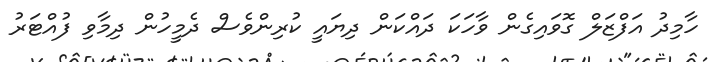
ހާމިދު އަފްޒަލް ގޮވައިގެން ވާހަކަ ދައްކަން ދިޔައީ ކުރިންވެސް ދެމީހުން ދިމާވި ފުއްޓަރު